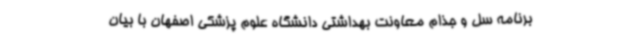
برنامه سل و جذام معاونت بهداشتی دانشگاه علوم پزشکی اصفهان با بیان